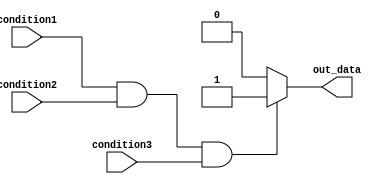
module if_else_statement (
    input wire condition1,
    input wire condition2,
    input wire condition3,
    output reg out_data
);

always @* begin
    if (condition1 && condition2 && condition3) begin
        // Statements to execute if all conditions are true
        out_data <= 1'b1;
    end
    else begin
        // Statements to execute if any condition is false
        out_data <= 1'b0;
    end
end

endmodule